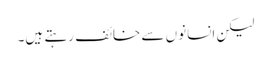
لیکن انسانوں سے خائف رہتے ہیں۔